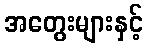
အတွေးများနှင့်